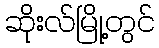
ဆိုးလ်မြို့တွင်